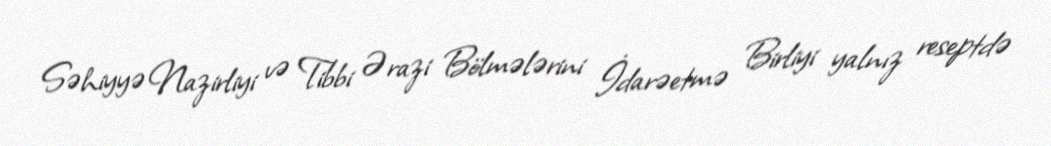
Səhiyyə Nazirliyi və Tibbi Ərazi Bölmələrini İdarəetmə Birliyi yalnız reseptdə